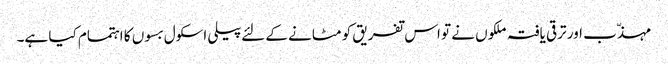
مہذّب اور ترقی یافتہ ملکوں نے تو اس تفریق کو مٹانے کے لئےپیلی اسکول بسوں کا اہتمام کیا ہے۔